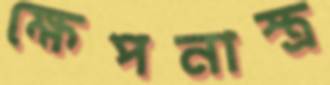
ক্ষেপনাস্ত্র